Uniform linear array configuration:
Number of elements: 32
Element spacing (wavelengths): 0.75
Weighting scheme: exponential
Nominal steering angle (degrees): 30
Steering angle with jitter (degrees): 28.681
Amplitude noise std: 0.05
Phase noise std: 0.05

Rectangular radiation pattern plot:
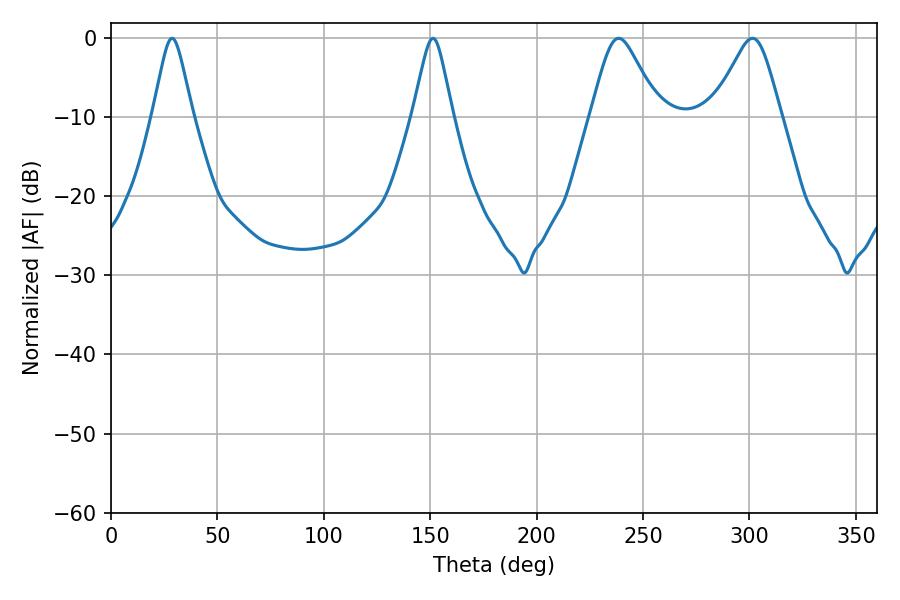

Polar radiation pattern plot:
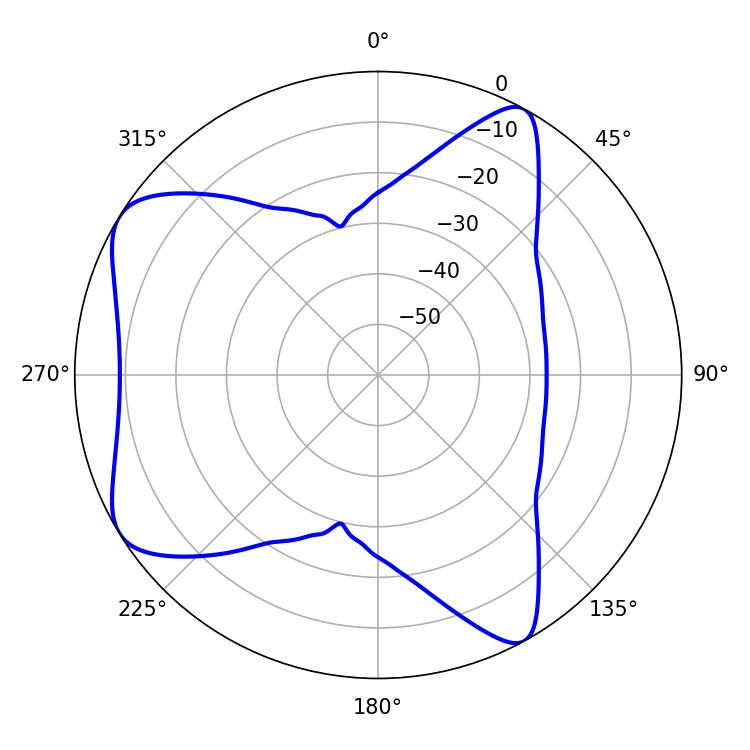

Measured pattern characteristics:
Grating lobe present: TRUE
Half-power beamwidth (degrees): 15.3
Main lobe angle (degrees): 238.5